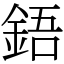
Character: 鋙